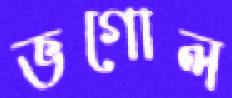
ভগোল